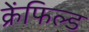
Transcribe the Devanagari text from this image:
क्रेंफिल्ड